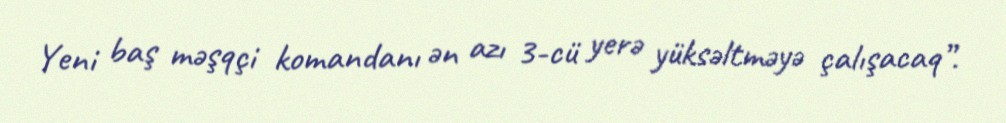
Yeni baş məşqçi komandanı ən azı 3-cü yerə yüksəltməyə çalışacaq”.